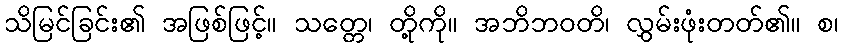
သိမြင်ခြင်း၏ အဖြစ်ဖြင့်။ သတ္တေ၊ တို့ကို။ အဘိဘဝတိ၊ လွှမ်းဖုံးတတ်၏။ စ၊